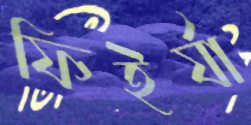
ফিইর্যা